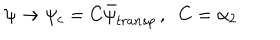
\psi \rightarrow \psi _ { c } = C \bar { \psi } _ { t r a n s p } \, , \; \; C = \alpha _ { 2 }